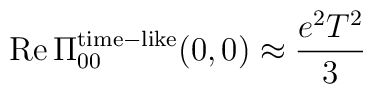
{\rm Re}\,\Pi_{00}^{{\rm time}-{\rm like}} (0,0) \approx {e^{2}T^{2}\over 3}